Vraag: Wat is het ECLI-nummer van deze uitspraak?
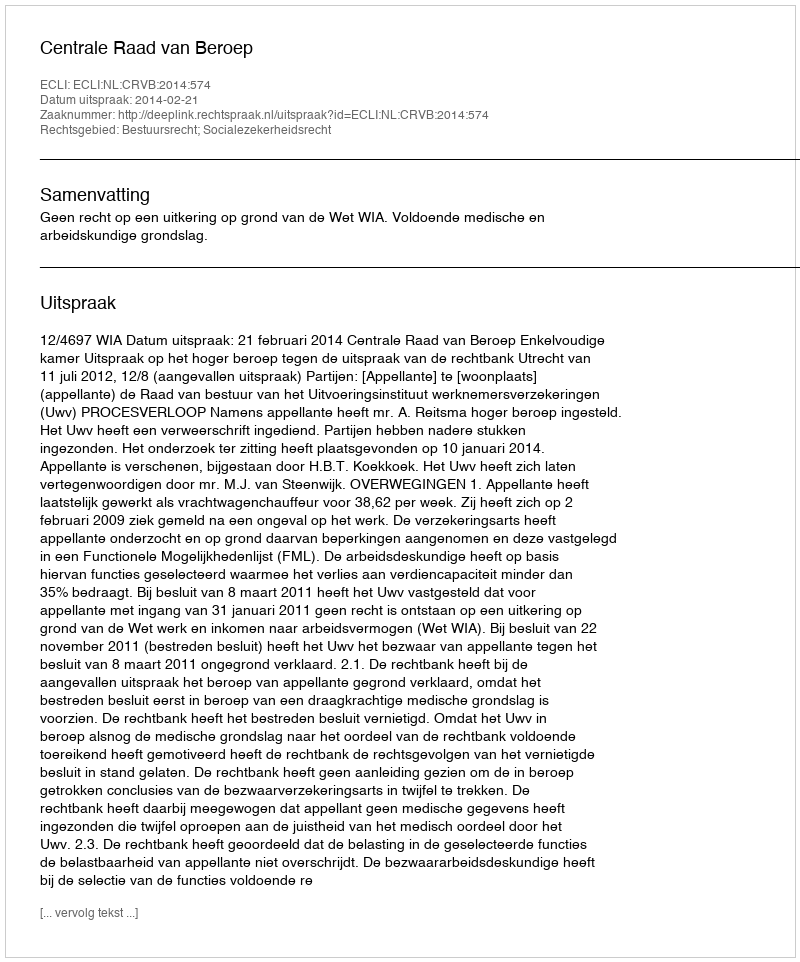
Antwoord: ECLI:NL:CRVB:2014:574